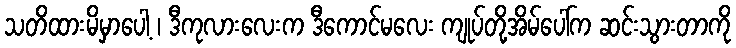
သတိထားမိမှာပေါ့ ၊ ဒီကုလားလေးက ဒီကောင်မလေး ကျုပ်တို့အိမ်ပေါ်က ဆင်းသွားတာကို